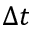
\Delta t